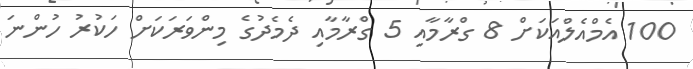
100 އެމްއެލްއަކަށް 8 ގްރާމާއި 5 ގްރާމާއި ދެމެދުގެ މިންވަރަކަށް ހަކުރު ހުންނަ